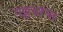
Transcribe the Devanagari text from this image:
पट्टयांना